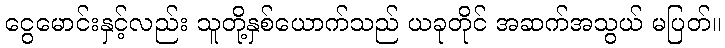
ငွေမောင်းနှင့်လည်း သူတို့နှစ်ယောက်သည် ယခုတိုင် အဆက်အသွယ် မပြတ်။